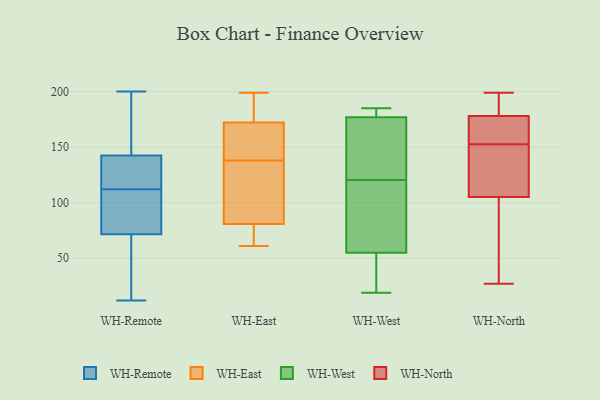
{"axis": {"x": "Page Views", "y": "Value"}, "legend": ["WH-East", "WH-North", "WH-Remote", "WH-West"], "data": [{"x": "", "y": 118, "type": "WH-Remote"}, {"x": "", "y": 23, "type": "WH-Remote"}, {"x": "", "y": 66, "type": "WH-Remote"}, {"x": "", "y": 138, "type": "WH-Remote"}, {"x": "", "y": 200, "type": "WH-Remote"}, {"x": "", "y": 151, "type": "WH-Remote"}, {"x": "", "y": 12, "type": "WH-Remote"}, {"x": "", "y": 144, "type": "WH-Remote"}, {"x": "", "y": 43, "type": "WH-Remote"}, {"x": "", "y": 88, "type": "WH-Remote"}, {"x": "", "y": 104, "type": "WH-Remote"}, {"x": "", "y": 89, "type": "WH-Remote"}, {"x": "", "y": 112, "type": "WH-Remote"}, {"x": "", "y": 132, "type": "WH-Remote"}, {"x": "", "y": 155, "type": "WH-Remote"}, {"x": "", "y": 138, "type": "WH-East"}, {"x": "", "y": 146, "type": "WH-East"}, {"x": "", "y": 154, "type": "WH-East"}, {"x": "", "y": 63, "type": "WH-East"}, {"x": "", "y": 100, "type": "WH-East"}, {"x": "", "y": 79, "type": "WH-East"}, {"x": "", "y": 63, "type": "WH-East"}, {"x": "", "y": 128, "type": "WH-East"}, {"x": "", "y": 180, "type": "WH-East"}, {"x": "", "y": 158, "type": "WH-East"}, {"x": "", "y": 177, "type": "WH-East"}, {"x": "", "y": 86, "type": "WH-East"}, {"x": "", "y": 199, "type": "WH-East"}, {"x": "", "y": 191, "type": "WH-East"}, {"x": "", "y": 61, "type": "WH-East"}, {"x": "", "y": 41, "type": "WH-West"}, {"x": "", "y": 73, "type": "WH-West"}, {"x": "", "y": 185, "type": "WH-West"}, {"x": "", "y": 101, "type": "WH-West"}, {"x": "", "y": 114, "type": "WH-West"}, {"x": "", "y": 177, "type": "WH-West"}, {"x": "", "y": 127, "type": "WH-West"}, {"x": "", "y": 19, "type": "WH-West"}, {"x": "", "y": 50, "type": "WH-West"}, {"x": "", "y": 181, "type": "WH-West"}, {"x": "", "y": 168, "type": "WH-West"}, {"x": "", "y": 177, "type": "WH-West"}, {"x": "", "y": 181, "type": "WH-West"}, {"x": "", "y": 55, "type": "WH-West"}, {"x": "", "y": 159, "type": "WH-North"}, {"x": "", "y": 178, "type": "WH-North"}, {"x": "", "y": 105, "type": "WH-North"}, {"x": "", "y": 199, "type": "WH-North"}, {"x": "", "y": 191, "type": "WH-North"}, {"x": "", "y": 191, "type": "WH-North"}, {"x": "", "y": 101, "type": "WH-North"}, {"x": "", "y": 164, "type": "WH-North"}, {"x": "", "y": 151, "type": "WH-North"}, {"x": "", "y": 111, "type": "WH-North"}, {"x": "", "y": 135, "type": "WH-North"}, {"x": "", "y": 194, "type": "WH-North"}, {"x": "", "y": 27, "type": "WH-North"}, {"x": "", "y": 109, "type": "WH-North"}, {"x": "", "y": 178, "type": "WH-North"}, {"x": "", "y": 154, "type": "WH-North"}, {"x": "", "y": 88, "type": "WH-North"}, {"x": "", "y": 94, "type": "WH-North"}]}